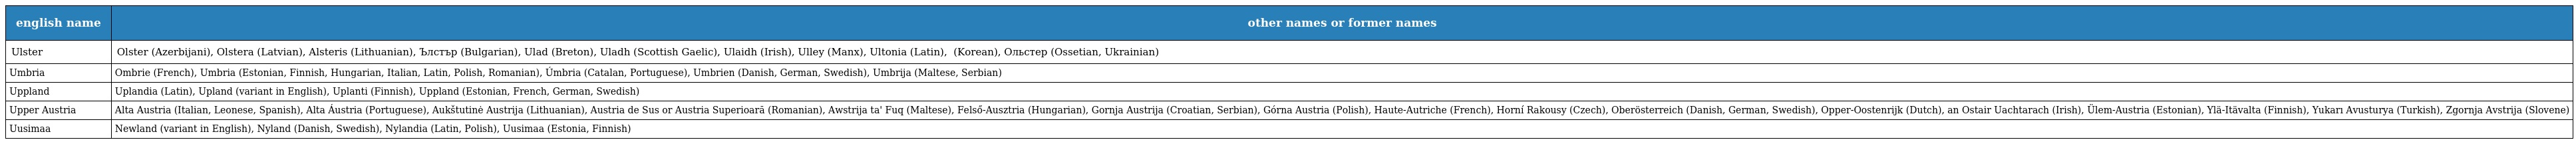
| english name | other names or former names |
 | --- | --- |
 | Ulster | Olster (Azerbijani), Olstera (Latvian), Alsteris (Lithuanian), Ълстър (Bulgarian), Ulad (Breton), Uladh (Scottish Gaelic), Ulaidh (Irish), Ulley (Manx), Ultonia (Latin), 얼스터 (Korean), Ольстер (Ossetian, Ukrainian) |
 | Umbria | Ombrie (French), Umbria (Estonian, Finnish, Hungarian, Italian, Latin, Polish, Romanian), Úmbria (Catalan, Portuguese), Umbrien (Danish, German, Swedish), Umbrija (Maltese, Serbian) |
 | Uppland | Uplandia (Latin), Upland (variant in English), Uplanti (Finnish), Uppland (Estonian, French, German, Swedish) |
 | Upper Austria | Alta Austria (Italian, Leonese, Spanish), Alta Áustria (Portuguese), Aukštutinė Austrija (Lithuanian), Austria de Sus or Austria Superioară (Romanian), Awstrija ta' Fuq (Maltese), Felső-Ausztria (Hungarian), Gornja Austrija (Croatian, Serbian), Górna Austria (Polish), Haute-Autriche (French), Horní Rakousy (Czech), Oberösterreich (Danish, German, Swedish), Opper-Oostenrijk (Dutch), an Ostair Uachtarach (Irish), Ülem-Austria (Estonian), Ylä-Itävalta (Finnish), Yukarı Avusturya (Turkish), Zgornja Avstrija (Slovene) |
 | Uusimaa | Newland (variant in English), Nyland (Danish, Swedish), Nylandia (Latin, Polish), Uusimaa (Estonia, Finnish) |